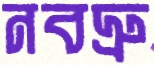
নবদ্রু